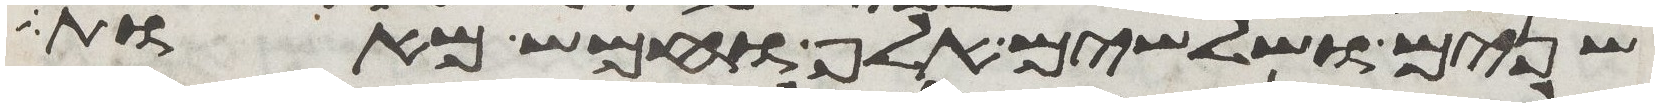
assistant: שנים ושלשים אלף וחמש מאות